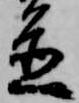
置